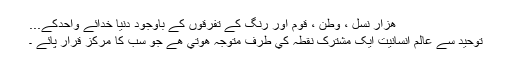
ھزار نسل ، وطن ، قوم اور رنگ کے تفرقوں کے باوجود دنيا خدائے واحدکے...
توحيد سے عالم انسانيت ايک مشترک نقطہ کي طرف متوجہ ھوتي ھے جو سب کا مرکز قرار پائے ۔